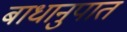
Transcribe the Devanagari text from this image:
बाधानुपात